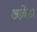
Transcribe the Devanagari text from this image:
अज़ेंडा